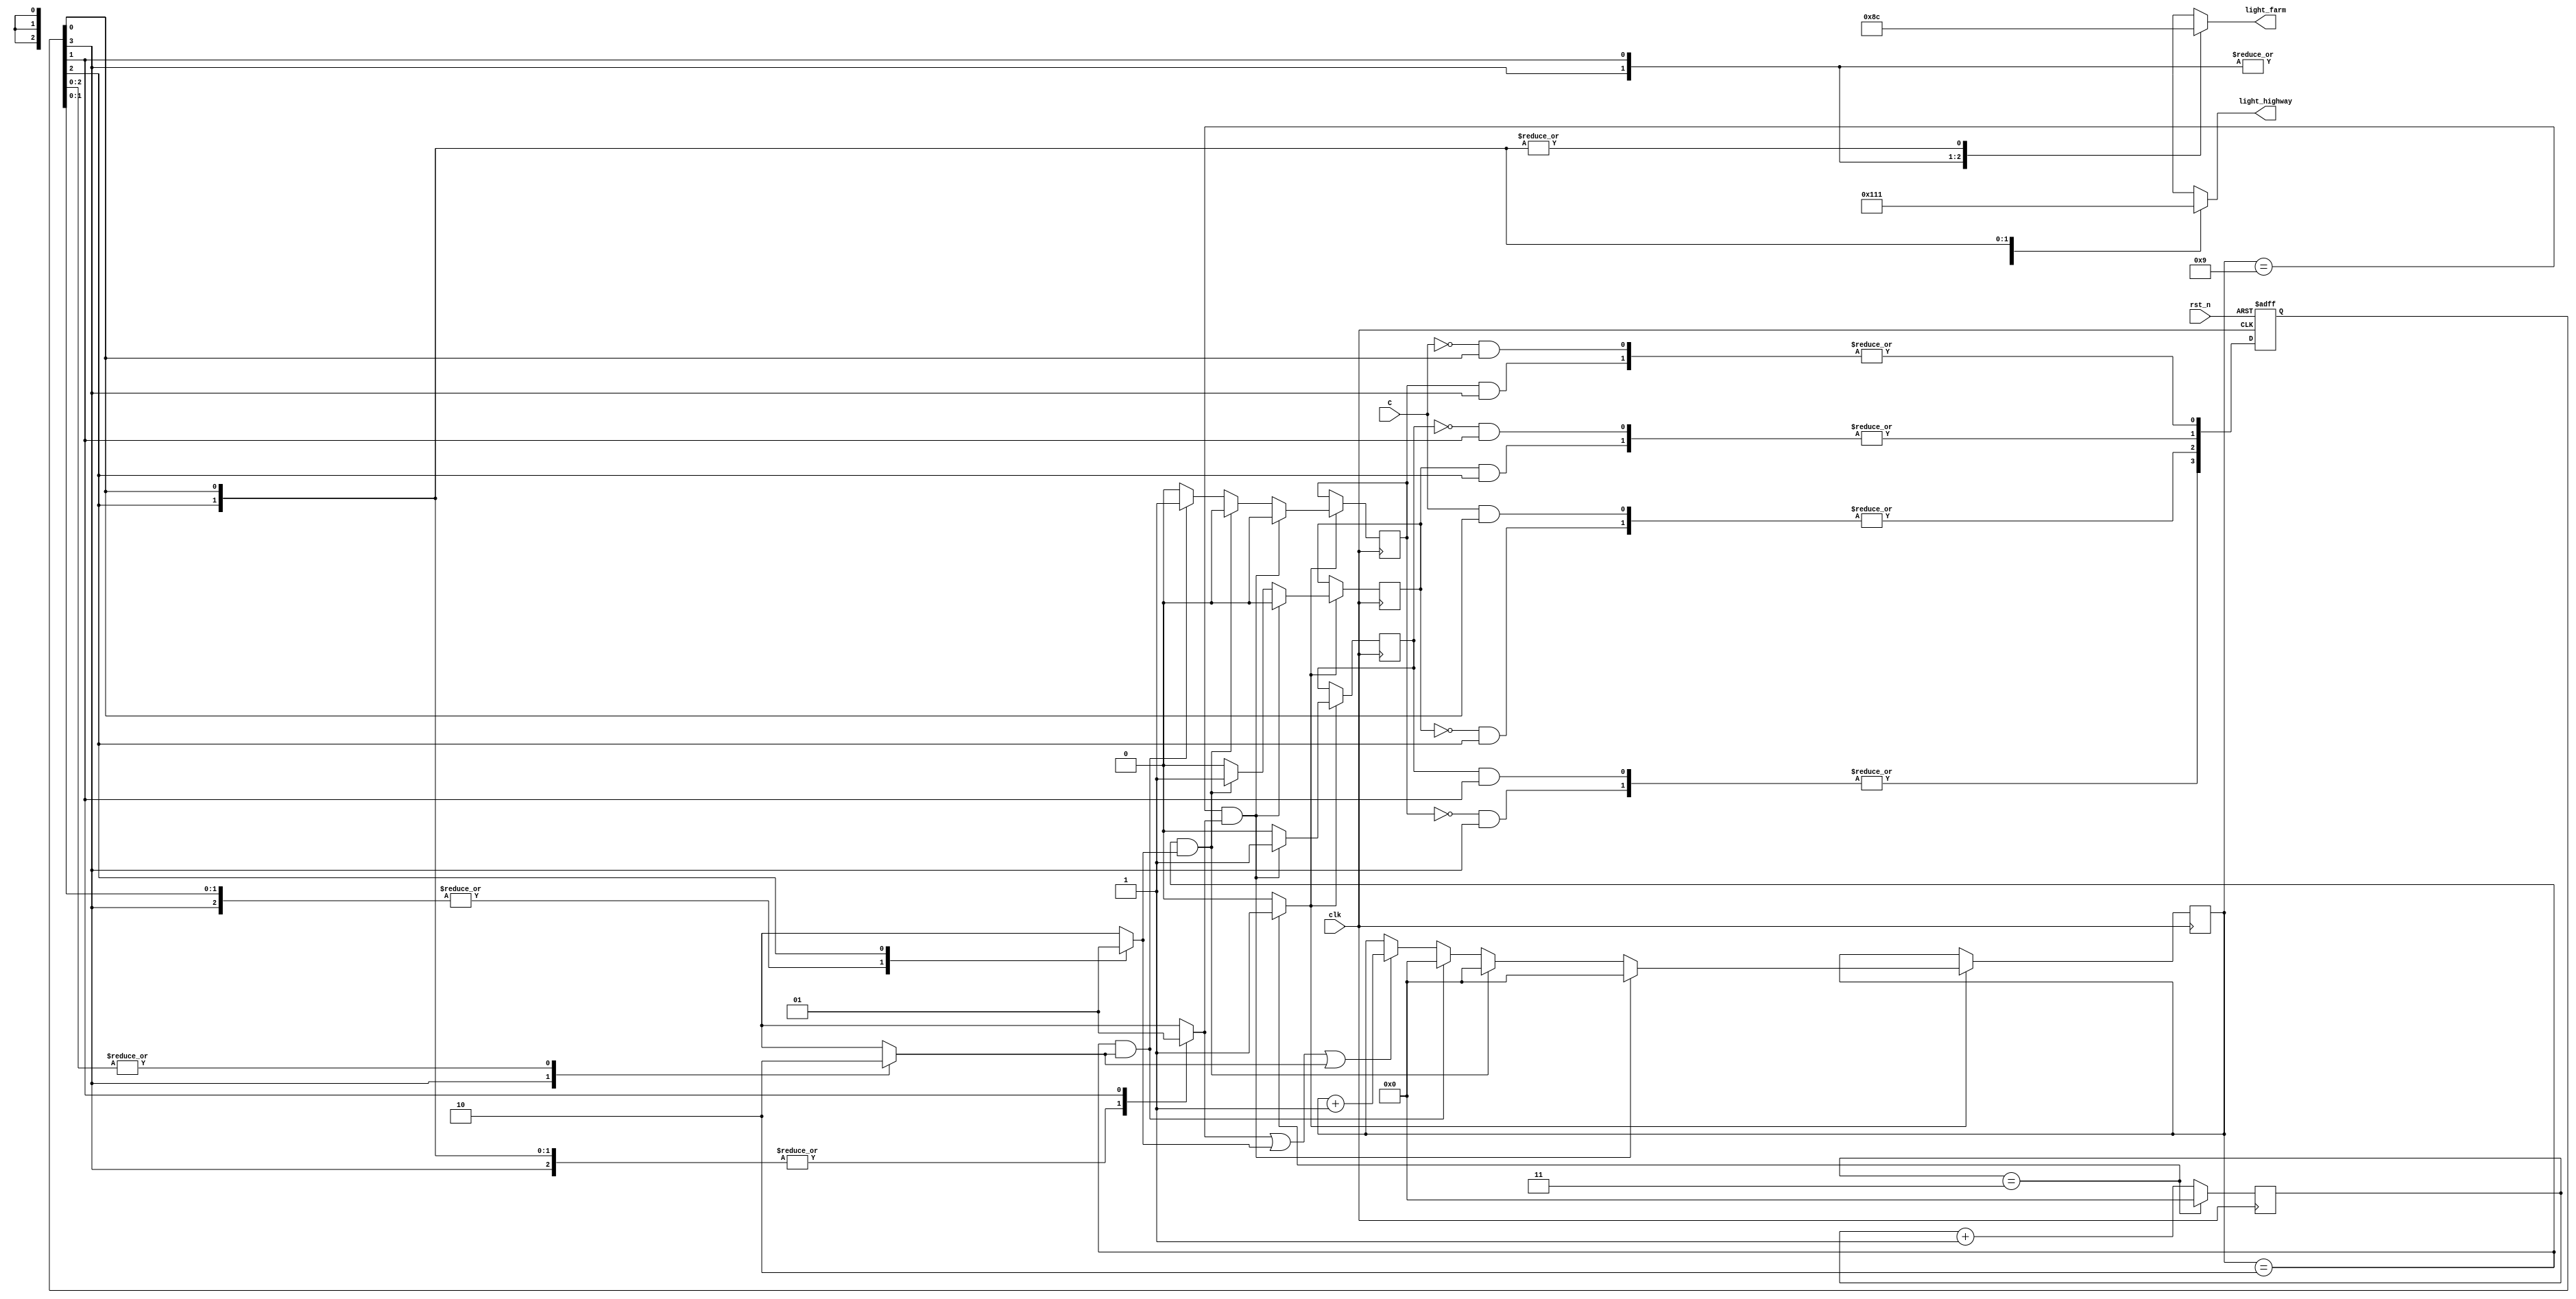
/* Generated by Yosys 0.9 (git sha1 UNKNOWN, clang 3.4.2 -fPIC -Os) */

(* src = "design.sv:2" *)
module traffic_light(light_highway, light_farm, C, clk, rst_n);
  (* src = "design.sv:109" *)
  wire [27:0] _000_;
  (* src = "design.sv:74" *)
  wire [27:0] _001_;
  (* src = "design.sv:74" *)
  wire _002_;
  (* src = "design.sv:74" *)
  wire _003_;
  (* src = "design.sv:74" *)
  wire _004_;
  (* src = "design.sv:74" *)
  wire _005_;
  (* src = "design.sv:74" *)
  wire _006_;
  (* src = "design.sv:74" *)
  wire _007_;
  (* src = "design.sv:74" *)
  wire _008_;
  (* src = "design.sv:74" *)
  wire _009_;
  (* src = "design.sv:74" *)
  wire _010_;
  (* src = "design.sv:111" *)
  (* unused_bits = "28 29 30 31" *)
  wire [31:0] _011_;
  (* src = "design.sv:78" *)
  (* unused_bits = "28 29 30 31" *)
  wire [31:0] _012_;
  wire _013_;
  wire _014_;
  wire _015_;
  wire _016_;
  wire _017_;
  wire _018_;
  wire _019_;
  wire _020_;
  wire [3:0] _021_;
  wire _022_;
  wire _023_;
  wire _024_;
  wire _025_;
  wire _026_;
  wire _027_;
  wire _028_;
  wire _029_;
  wire _030_;
  (* src = "design.sv:113" *)
  wire _031_;
  (* src = "design.sv:79" *)
  wire _032_;
  (* src = "design.sv:86" *)
  wire _033_;
  (* src = "design.sv:79" *)
  wire _034_;
  (* src = "design.sv:86" *)
  wire _035_;
  (* src = "design.sv:93" *)
  wire _036_;
  (* src = "design.sv:77" *)
  wire _037_;
  (* src = "design.sv:77" *)
  wire _038_;
  wire [27:0] _039_;
  wire [27:0] _040_;
  wire [27:0] _041_;
  wire [27:0] _042_;
  (* src = "design.sv:116" *)
  (* unused_bits = "1 2 3 4 5 6 7 8 9 10 11 12 13 14 15 16 17 18 19 20 21 22 23 24 25 26 27 28 29 30 31" *)
  wire [31:0] _043_;
  (* src = "design.sv:7" *)
  input C;
  (* init = 1'h0 *)
  (* src = "design.sv:13" *)
  wire RED_count_en;
  (* init = 1'h0 *)
  (* src = "design.sv:13" *)
  wire YELLOW_count_en1;
  (* init = 1'h0 *)
  (* src = "design.sv:13" *)
  wire YELLOW_count_en2;
  (* src = "design.sv:7" *)
  input clk;
  (* src = "design.sv:14" *)
  wire clk_enable;
  (* init = 28'h0000000 *)
  (* src = "design.sv:12" *)
  reg [27:0] count = 28'h0000000;
  (* init = 28'h0000000 *)
  (* src = "design.sv:12" *)
  reg [27:0] count_delay = 28'h0000000;
  (* init = 1'h0 *)
  (* src = "design.sv:13" *)
  reg delay10s = 1'h0;
  (* init = 1'h0 *)
  (* src = "design.sv:13" *)
  reg delay3s1 = 1'h0;
  (* init = 1'h0 *)
  (* src = "design.sv:13" *)
  reg delay3s2 = 1'h0;
  (* src = "design.sv:10" *)
  output [2:0] light_farm;
  (* src = "design.sv:10" *)
  output [2:0] light_highway;
  (* src = "design.sv:7" *)
  input rst_n;
  (* onehot = 32'd1 *)
  reg [3:0] state;
  assign _011_ = count + (* src = "design.sv:111" *) 32'd1;
  assign _012_ = count_delay + (* src = "design.sv:78" *) 32'd1;
  assign _013_ = _022_ & state[0];
  assign _014_ = delay3s2 & state[3];
  assign _015_ = _023_ & state[1];
  assign _016_ = delay3s1 & state[2];
  assign _017_ = C & state[0];
  assign _018_ = _024_ & state[2];
  assign _019_ = delay10s & state[1];
  assign _020_ = _025_ & state[3];
  assign _021_[0] = | { _014_, _013_ };
  assign _021_[1] = | { _016_, _015_ };
  assign _021_[2] = | { _017_, _018_ };
  assign _021_[3] = | { _020_, _019_ };
  always @(posedge clk or negedge rst_n)
    if (!rst_n)
      state <= 4'h1;
    else
      state <= _021_;
  assign _022_ = ~ C;
  assign _023_ = ~ delay10s;
  assign _024_ = ~ delay3s1;
  assign _025_ = ~ delay3s2;
  assign _026_ = | { state[0], state[1], state[2] };
  assign _027_ = | { state[0], state[1], state[3] };
  assign _028_ = | { state[0], state[2], state[3] };
  assign _029_ = | { state[0], state[2] };
  assign _030_ = | { state[1], state[3] };
  assign _031_ = count == (* src = "design.sv:116" *) 28'h0000003;
  assign _032_ = count_delay == (* src = "design.sv:79" *) 28'h0000009;
  assign _033_ = count_delay == (* src = "design.sv:93" *) 28'h0000002;
  assign _034_ = _032_ && (* src = "design.sv:79" *) RED_count_en;
  assign _035_ = _033_ && (* src = "design.sv:86" *) YELLOW_count_en1;
  assign _036_ = _033_ && (* src = "design.sv:93" *) YELLOW_count_en2;
  assign _037_ = RED_count_en || (* src = "design.sv:77" *) YELLOW_count_en1;
  assign _038_ = _037_ || (* src = "design.sv:77" *) YELLOW_count_en2;
  always @(posedge clk)
      count <= _000_;
  always @(posedge clk)
      delay10s <= _002_;
  always @(posedge clk)
      delay3s1 <= _003_;
  always @(posedge clk)
      delay3s2 <= _004_;
  always @(posedge clk)
      count_delay <= _001_;
  assign _005_ = _034_ ? (* full_case = 32'd1 *) (* src = "design.sv:79" *) 1'h1 : 1'h0;
  assign _004_ = clk_enable ? (* full_case = 32'd1 *) (* src = "design.sv:76" *) _007_ : delay3s2;
  assign _003_ = clk_enable ? (* full_case = 32'd1 *) (* src = "design.sv:76" *) _006_ : delay3s1;
  assign _002_ = clk_enable ? (* full_case = 32'd1 *) (* src = "design.sv:76" *) _005_ : delay10s;
  assign _039_ = _038_ ? (* src = "design.sv:77" *) _012_[27:0] : count_delay;
  assign _040_ = _036_ ? (* full_case = 32'd1 *) (* src = "design.sv:93" *) 28'h0000000 : _039_;
  assign _041_ = _035_ ? (* full_case = 32'd1 *) (* src = "design.sv:86" *) 28'h0000000 : _040_;
  assign _042_ = _034_ ? (* full_case = 32'd1 *) (* src = "design.sv:79" *) 28'h0000000 : _041_;
  assign _001_ = clk_enable ? (* full_case = 32'd1 *) (* src = "design.sv:76" *) _042_ : count_delay;
  function [2:0] _090_;
    input [2:0] a;
    input [8:0] b;
    input [2:0] s;
    (* full_case = 32'd1 *)
    (* src = "design.sv:59|design.sv:27" *)
    (* parallel_case *)
    casez (s)
      3'b??1:
        _090_ = b[2:0];
      3'b?1?:
        _090_ = b[5:3];
      3'b1??:
        _090_ = b[8:6];
      default:
        _090_ = a;
    endcase
  endfunction
  assign light_farm = _090_(3'hx, 9'h10a, { _029_, state[1], state[3] });
  function [2:0] _091_;
    input [2:0] a;
    input [8:0] b;
    input [2:0] s;
    (* full_case = 32'd1 *)
    (* src = "design.sv:59|design.sv:27" *)
    (* parallel_case *)
    casez (s)
      3'b??1:
        _091_ = b[2:0];
      3'b?1?:
        _091_ = b[5:3];
      3'b1??:
        _091_ = b[8:6];
      default:
        _091_ = a;
    endcase
  endfunction
  assign light_highway = _091_(3'hx, 9'h054, { state[0], state[2], _030_ });
  function [0:0] _092_;
    input [0:0] a;
    input [1:0] b;
    input [1:0] s;
    (* full_case = 32'd1 *)
    (* src = "design.sv:59|design.sv:27" *)
    (* parallel_case *)
    casez (s)
      2'b?1:
        _092_ = b[0:0];
      2'b1?:
        _092_ = b[1:1];
      default:
        _092_ = a;
    endcase
  endfunction
  assign YELLOW_count_en2 = _092_(1'hx, 2'h1, { _026_, state[3] });
  function [0:0] _093_;
    input [0:0] a;
    input [1:0] b;
    input [1:0] s;
    (* full_case = 32'd1 *)
    (* src = "design.sv:59|design.sv:27" *)
    (* parallel_case *)
    casez (s)
      2'b?1:
        _093_ = b[0:0];
      2'b1?:
        _093_ = b[1:1];
      default:
        _093_ = a;
    endcase
  endfunction
  assign YELLOW_count_en1 = _093_(1'hx, 2'h2, { state[2], _027_ });
  function [0:0] _094_;
    input [0:0] a;
    input [1:0] b;
    input [1:0] s;
    (* full_case = 32'd1 *)
    (* src = "design.sv:59|design.sv:27" *)
    (* parallel_case *)
    casez (s)
      2'b?1:
        _094_ = b[0:0];
      2'b1?:
        _094_ = b[1:1];
      default:
        _094_ = a;
    endcase
  endfunction
  assign RED_count_en = _094_(1'hx, 2'h2, { state[1], _028_ });
  assign _000_ = _031_ ? (* src = "design.sv:113" *) 28'h0000000 : _011_[27:0];
  assign _010_ = _036_ ? (* full_case = 32'd1 *) (* src = "design.sv:93" *) 1'h1 : 1'h0;
  assign _009_ = _035_ ? (* full_case = 32'd1 *) (* src = "design.sv:86" *) 1'h0 : _010_;
  assign _008_ = _035_ ? (* full_case = 32'd1 *) (* src = "design.sv:86" *) 1'h1 : 1'h0;
  assign _007_ = _034_ ? (* full_case = 32'd1 *) (* src = "design.sv:79" *) 1'h0 : _009_;
  assign _006_ = _034_ ? (* full_case = 32'd1 *) (* src = "design.sv:79" *) 1'h0 : _008_;
  assign { _043_[31:1], clk_enable } = _031_ ? (* src = "design.sv:116" *) 32'd1 : 32'd0;
  assign _043_[0] = clk_enable;
endmodule